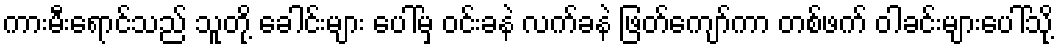
ကားမီးရောင်သည် သူတို့ ခေါင်းများ ပေါ်မှ ဝင်းခနဲ လက်ခနဲ ဖြတ်ကျော်ကာ တစ်ဖက် ဝါခင်းများပေါ်သို့